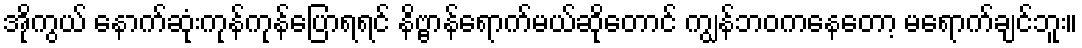
အိုကွယ် နောက်ဆုံးကုန်ကုန်ပြောရရင် နိဗ္ဗာန်ရောက်မယ်ဆိုတောင် ကျွန်ဘဝကနေတော့ မရောက်ချင်ဘူး။